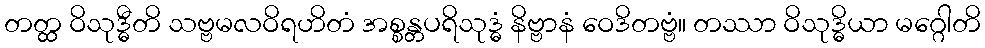
တတ္ထ ဝိသုဒ္ဓီတိ သဗ္ဗမလဝိရဟိတံ အစ္စန္တပရိသုဒ္ဓံ နိဗ္ဗာနံ ဝေဒိတဗ္ဗံ။ တဿာ ဝိသုဒ္ဓိယာ မဂ္ဂေါတိ